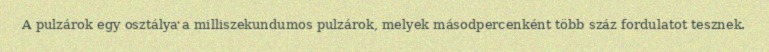
A pulzárok egy osztálya a milliszekundumos pulzárok, melyek másodpercenként több száz fordulatot tesznek.